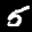
Label: 5